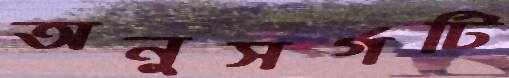
অনুসর্গটি